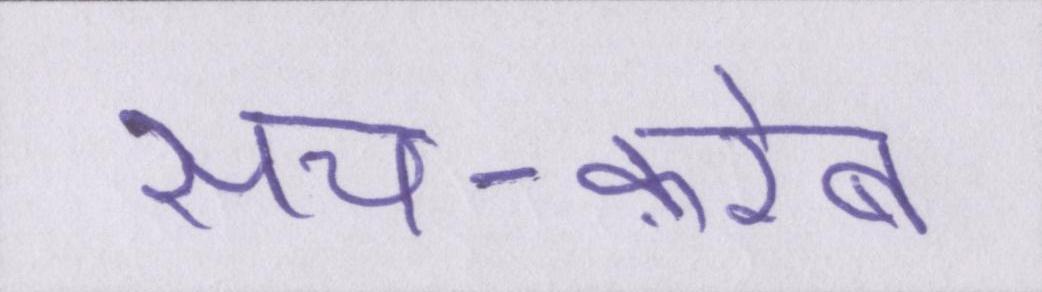
सच-फ़रेब